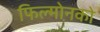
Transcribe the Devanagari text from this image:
फिल्मोनको